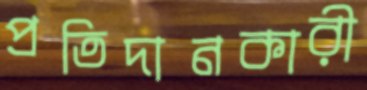
প্রতিদানকারী